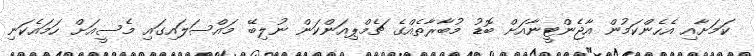
ކަމަށާއި އެހެންކަމުން އާޖެންޓީނާއަށް ބޮޑު މުބާރާތެއްގެ ޗެމްޕިއަންކަން ނުލިބޭ މައްސަލައިގައި މެސީއަށް ހަމައެކަނި